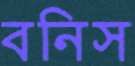
বনিস